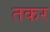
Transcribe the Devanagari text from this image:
तकर